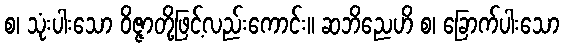
စ၊ သုံးပါးသော ဝိဇ္ဇာတို့ဖြင့်လည်းကောင်း။ ဆဘိညေဟိ စ၊ ခြောက်ပါးသော